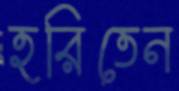
হরিতেন